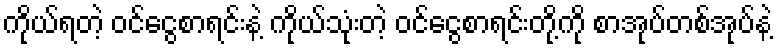
ကိုယ်ရတဲ့ ဝင်ငွေစာရင်းနဲ့ ကိုယ်သုံးတဲ့ ဝင်ငွေစာရင်းတို့ကို စာအုပ်တစ်အုပ်နဲ့